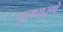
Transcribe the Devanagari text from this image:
घृतपारणे